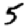
Digit: 5